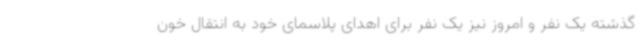
گذشته یک نفر و امروز نیز یک نفر برای اهدای پلاسمای خود به انتقال خون